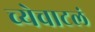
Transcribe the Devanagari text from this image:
च्येचाटलं